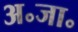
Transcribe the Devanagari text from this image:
अ॰जा॰